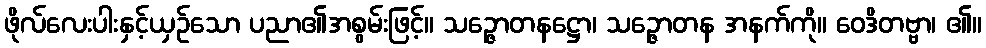
ဖိုလ်လေးပါးနှင့်ယှဉ်သော ပညာ၏အစွမ်းဖြင့်။ သဉ္ဇောတနဋ္ဌော၊ သဉ္ဇောတန အနက်ကို။ ဝေဒိတဗ္ဗာ၊ ၏။